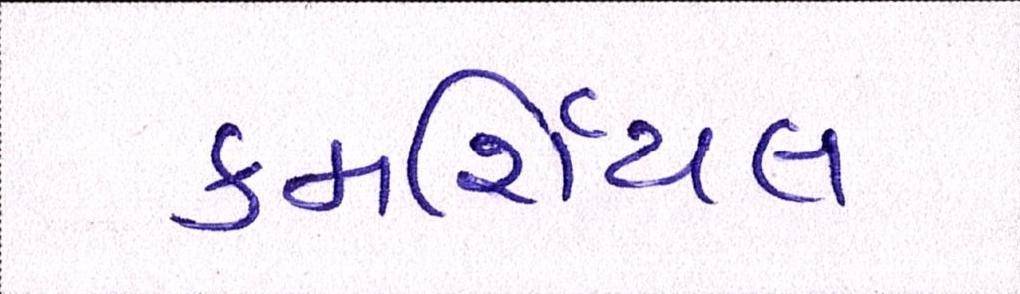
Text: કમર્શિયલ